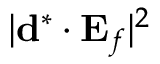
| \ensuremath { \mathbf { d } } ^ { * } \cdot \ensuremath { \mathbf { E } _ { f } } | ^ { 2 }